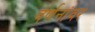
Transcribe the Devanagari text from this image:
वर्णनांवर